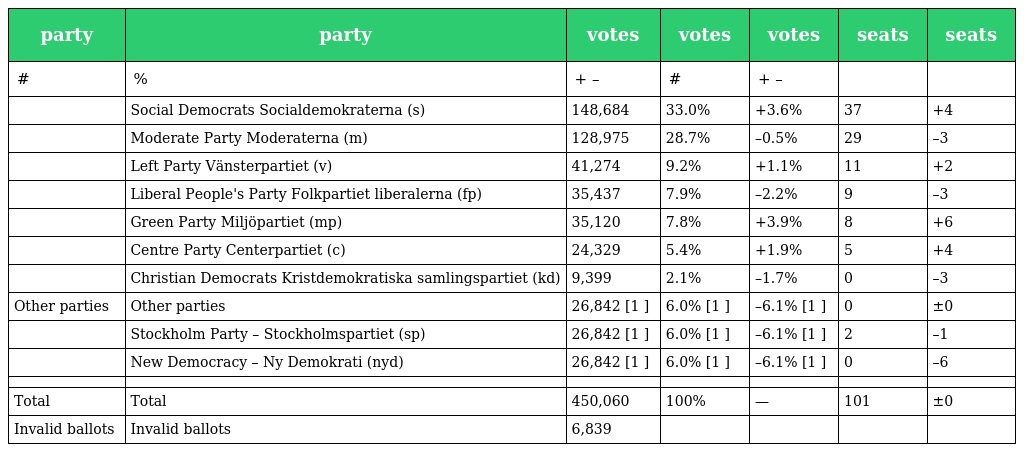
| party | party | votes | votes | votes | seats | seats |
 | --- | --- | --- | --- | --- | --- | --- |
 | # | % | + – | # | + – |  |  |
 |  | Social Democrats Socialdemokraterna (s) | 148,684 | 33.0% | +3.6% | 37 | +4 |
 |  | Moderate Party Moderaterna (m) | 128,975 | 28.7% | –0.5% | 29 | –3 |
 |  | Left Party Vänsterpartiet (v) | 41,274 | 9.2% | +1.1% | 11 | +2 |
 |  | Liberal People's Party Folkpartiet liberalerna (fp) | 35,437 | 7.9% | –2.2% | 9 | –3 |
 |  | Green Party Miljöpartiet (mp) | 35,120 | 7.8% | +3.9% | 8 | +6 |
 |  | Centre Party Centerpartiet (c) | 24,329 | 5.4% | +1.9% | 5 | +4 |
 |  | Christian Democrats Kristdemokratiska samlingspartiet (kd) | 9,399 | 2.1% | –1.7% | 0 | –3 |
 | Other parties | Other parties | 26,842 [1 ] | 6.0% [1 ] | –6.1% [1 ] | 0 | ±0 |
 |  | Stockholm Party – Stockholmspartiet (sp) | 26,842 [1 ] | 6.0% [1 ] | –6.1% [1 ] | 2 | –1 |
 |  | New Democracy – Ny Demokrati (nyd) | 26,842 [1 ] | 6.0% [1 ] | –6.1% [1 ] | 0 | –6 |
 |  |  |  |  |  |  |  |
 | Total | Total | 450,060 | 100% | — | 101 | ±0 |
 | Invalid ballots | Invalid ballots | 6,839 |  |  |  |  |